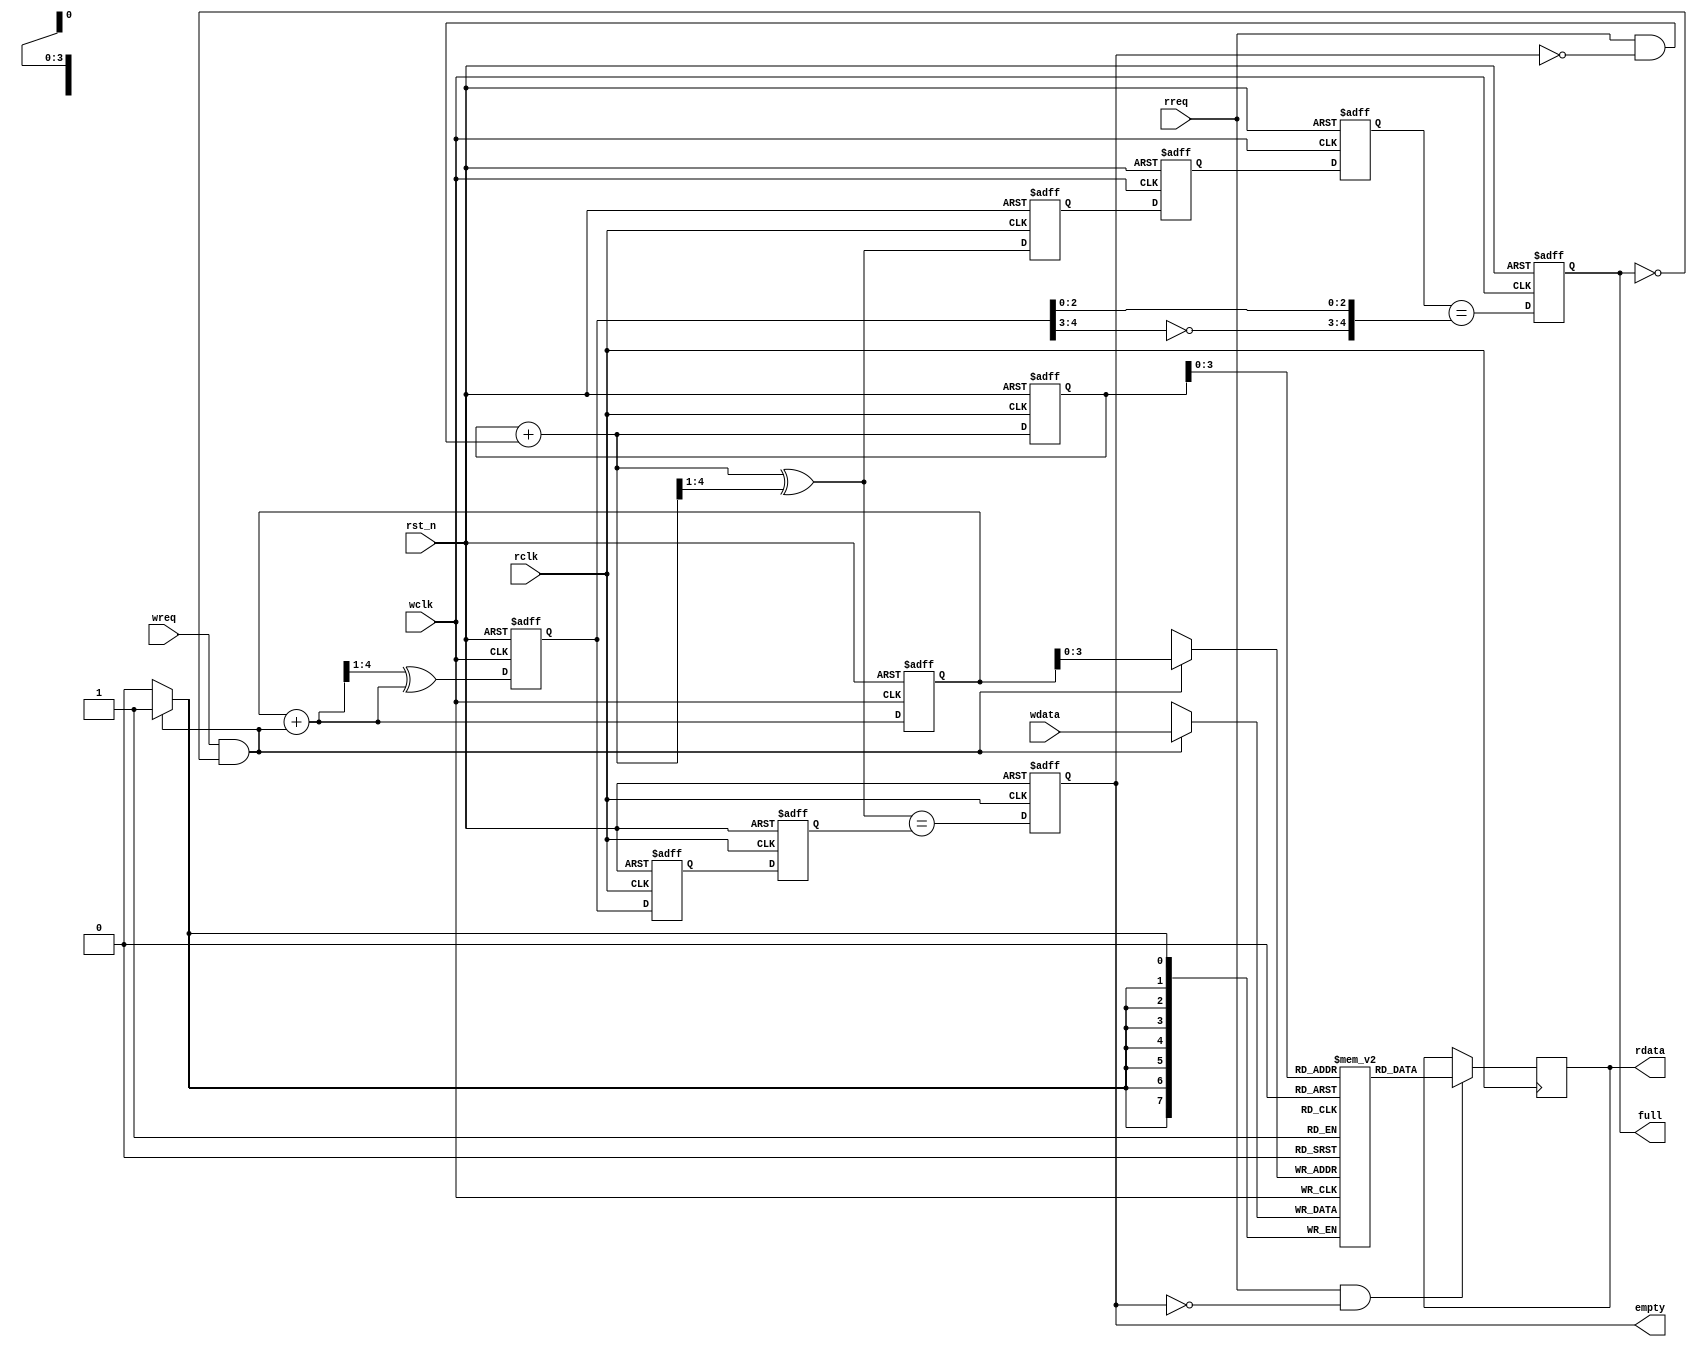
module async_fifo (wclk,rclk,wreq,rreq,rst_n,wdata,full,empty,rdata);
 parameter DSIZE = 8;//Data size
 parameter ASIZE = 4;//Address bit 16 address
 
 input wclk;
 input rclk;
 input rst_n;
 input wreq;
 input rreq;
 input [DSIZE-1:0] wdata;
 output reg [DSIZE-1:0] rdata;
 output reg full;
 output reg empty;
  reg [ASIZE:0] wq2_rptr, wq1_rptr, rptr;
 reg [ASIZE:0] rq2_wptr, rq1_wptr, wptr;
 wire rempty_val;
 wire [ASIZE : 0] rptr_nxt;
 wire [ASIZE-1:0] raddr;// read address
 reg [ASIZE:0] rbin;//
 wire [ASIZE:0] rbin_nxt;
 wire [ASIZE-1:0] waddr;//write address
 reg [ASIZE:0] wbin;
 wire [ASIZE:0] wbin_nxt;
 wire [ASIZE : 0] wptr_nxt;
 
 // synchronizing rptr to wclk
 always @(posedge wclk or negedge rst_n) begin
 if(!rst_n) {wq2_rptr, wq1_rptr} <= 2'b0;
 else {wq2_rptr, wq1_rptr} <= {wq1_rptr, rptr};
 end
 
 // synchronizing wptr to rclk
 always @(posedge rclk or negedge rst_n) begin
 if(!rst_n) {rq2_wptr, rq1_wptr} <= 2'b0;
 else {rq2_wptr, rq1_wptr} <= {rq1_wptr, wptr};
 end
 
 // generating rempty condition
 //reg rempty;
 assign rempty_val = (rptr_nxt == rq2_wptr); 
always @(posedge rclk or negedge rst_n) begin
 if(!rst_n) empty <= 1'b0;
 else empty <= rempty_val;
end
 
 // generating read address for fifomem
 assign rbin_nxt = rbin + (rreq & ~empty);
 
 always @ (posedge rclk or negedge rst_n) 
 if (!rst_n)rbin <= 0;
 else rbin <= rbin_nxt;
 assign raddr = rbin[ASIZE-1:0]; 
 
 // generating rptr to send to wclk domain
 // convert from binary to gray
 assign rptr_nxt = rbin_nxt ^ (rbin_nxt>>1);
 
 always @ (posedge rclk or negedge rst_n)
 if (!rst_n) rptr <= 0;
 else rptr <= rptr_nxt;
 
 // generating write address for fifomem
 assign wbin_nxt = wbin + (wreq & !full);
 
 always @ (posedge wclk or negedge rst_n)
 if(!rst_n) wbin <= 0;
 else wbin <= wbin_nxt;
 
 assign waddr = wbin [ASIZE-1:0];
 
 // generating wptr to send to rclk domain
 // convert from binary to gray
 
 assign wptr_nxt = (wbin_nxt>>1) ^ wbin_nxt; 
 
 always @ (posedge wclk or negedge rst_n)
 if(!rst_n) wptr <= 0;
 else wptr <= wptr_nxt;
 
 // generate wfull condition
 wire wfull_val;
 assign wfull_val = (wq2_rptr == {~wptr[ASIZE : ASIZE-1],wptr[ASIZE-2 : 0]});
 
 always @ (posedge wclk or negedge rst_n)
 if (!rst_n) full <= 0;
 else full <= wfull_val;
 
 // fifomem
 // Using Verilog memory model
 localparam DEPTH = (1 << (ASIZE));
 reg [DSIZE-1 : 0] mem [0: DEPTH -1];
 always @ (posedge wclk) if (wreq & !full) mem[waddr] <= wdata;
 always @ (posedge rclk) if (rreq & !empty) rdata<=mem[raddr];
endmodule